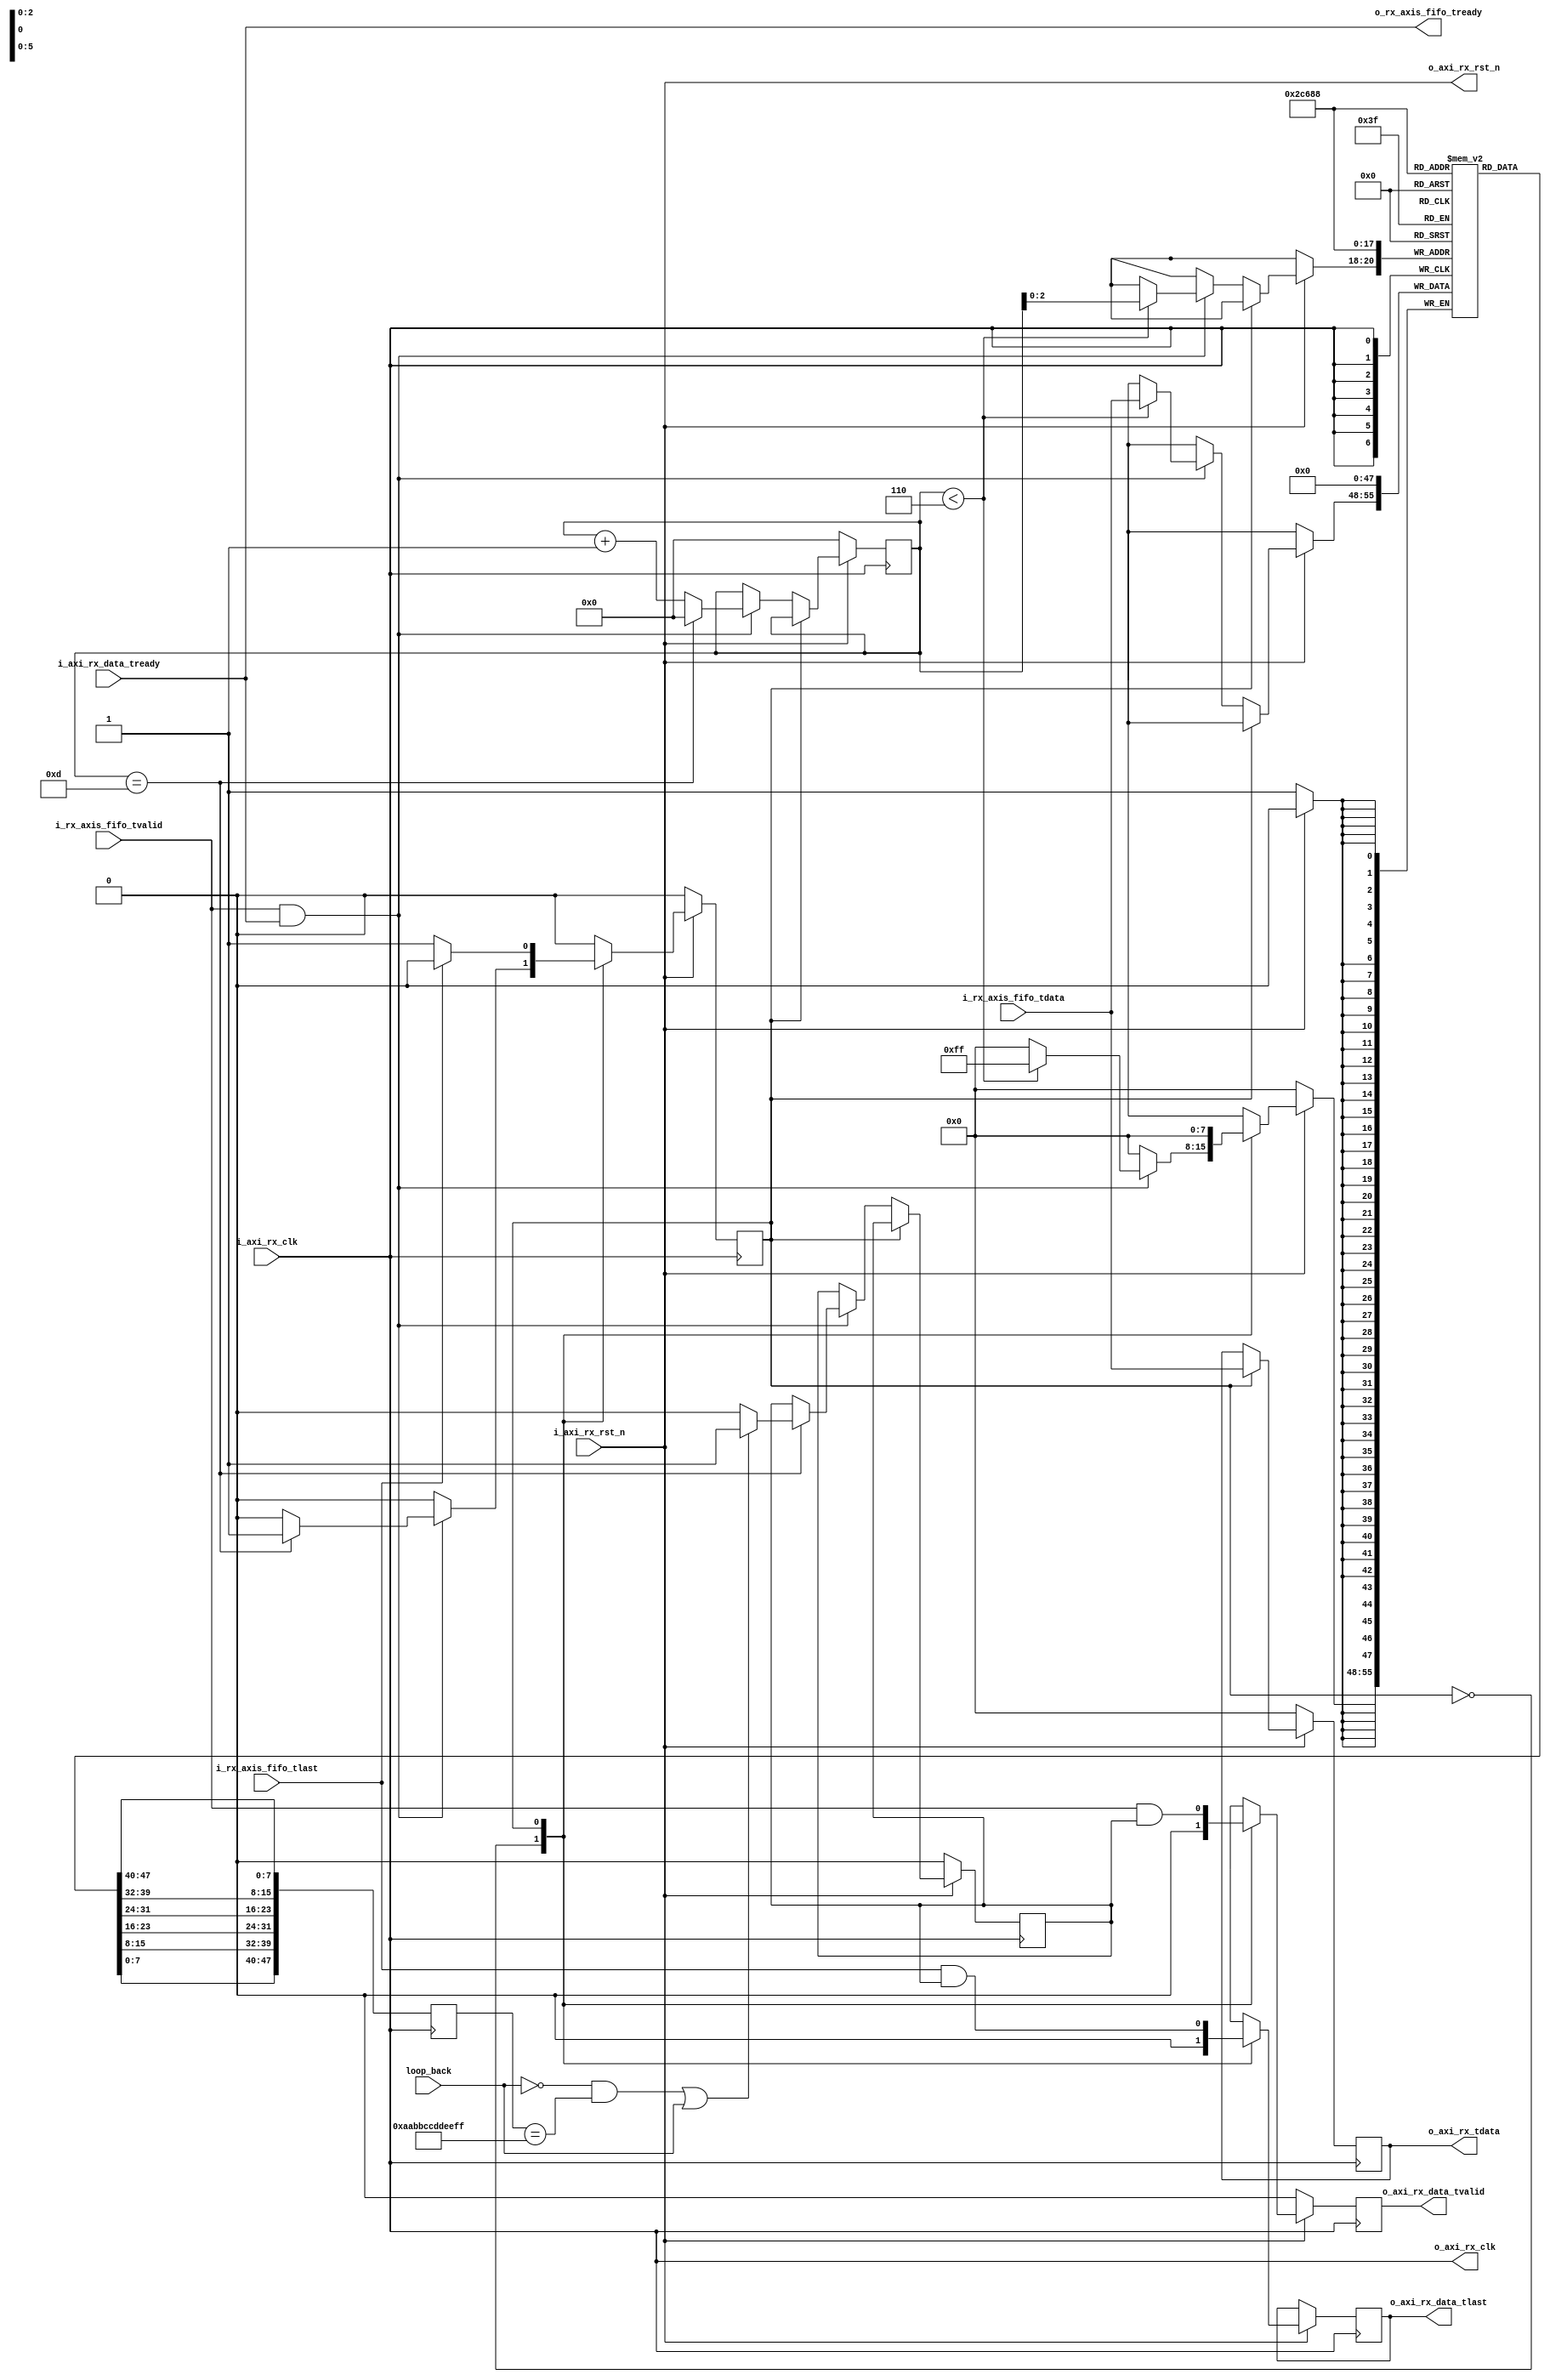
module eth_rcr_unpack #(parameter unpack_dst_addr = 48'hAABBCCDDEEFF)(
//from ethernet client fifo
input    	      i_axi_rx_clk,
input    	      i_axi_rx_rst_n,
input    	      i_rx_axis_fifo_tvalid,
input  [7:0]      i_rx_axis_fifo_tdata,
input             i_rx_axis_fifo_tlast,
output            o_rx_axis_fifo_tready,
//to the user
output            o_axi_rx_clk,
output            o_axi_rx_rst_n,
output reg [7:0]  o_axi_rx_tdata,
output reg        o_axi_rx_data_tvalid,
input             i_axi_rx_data_tready,
output reg        o_axi_rx_data_tlast,
input             loop_back
);

assign o_axi_rx_clk   =   i_axi_rx_clk;
assign o_axi_rx_rst_n =   i_axi_rx_rst_n;
assign o_rx_axis_fifo_tready = i_axi_rx_data_tready;

reg [3:0] pkt_len_cntr;
reg [7:0] dest_addr [5:0];
reg [47:0] destination_addr;
reg state;
reg no_filter;

parameter idle       = 1'b0,
          stream_pkt = 1'b1;
 
always @(posedge i_axi_rx_clk)
begin
    if(~i_axi_rx_rst_n)
	begin
	    o_axi_rx_data_tvalid   <=    1'b0;
		state                  <=    idle;
		pkt_len_cntr           <=    4'd0;
        o_axi_rx_tdata         <=    8'd0;
        no_filter              <=    1'b0;
        dest_addr[0]           <=    8'd0;
        dest_addr[1]           <=    8'd0;
        dest_addr[2]           <=    8'd0;
        dest_addr[3]           <=    8'd0;
        dest_addr[4]           <=    8'd0;
        dest_addr[5]           <=    8'd0;
        
	end
	else
	begin
	    case(state)
	        idle:begin
			     o_axi_rx_data_tvalid <= 1'b0;
				  o_axi_rx_data_tlast  <= 1'b0;
	           if(i_rx_axis_fifo_tvalid & i_axi_rx_data_tready) //valid data transaction
		        begin
		            pkt_len_cntr <= pkt_len_cntr+1'b1;  //count the size of the pkt.
		            if(pkt_len_cntr == 'd13)            //ethernet header is 14 bytes
		            begin
                        if (((~loop_back) && (destination_addr == unpack_dst_addr)) || loop_back)
				            no_filter   <= 1'b1;
                        else
                            no_filter   <= 1'b0;
				        pkt_len_cntr <= 0;	
                        state <= stream_pkt;
				    end	
                    if(pkt_len_cntr < 'd6)
                        dest_addr[pkt_len_cntr] <= i_rx_axis_fifo_tdata; //store the destination address for filtering  
		        end
            end
			stream_pkt:begin
			   o_axi_rx_data_tvalid    <=    i_rx_axis_fifo_tvalid & no_filter;
				o_axi_rx_tdata          <=    i_rx_axis_fifo_tdata;
				o_axi_rx_data_tlast     <=    i_rx_axis_fifo_tlast & no_filter;
				if(i_rx_axis_fifo_tlast)
				begin
					state                  <=  idle;
				end	
			end
	    endcase
	end
end

always @(posedge i_axi_rx_clk)
begin
    destination_addr <= {dest_addr[0],dest_addr[1],dest_addr[2],dest_addr[3],dest_addr[4],dest_addr[5]};
end	 

endmodule